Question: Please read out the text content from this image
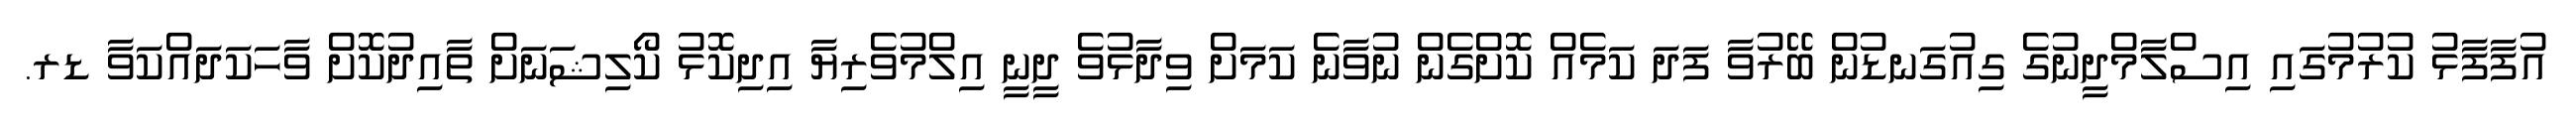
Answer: އުފާފާޅު ކުރުމުގައި އިސްލާމްދީނުގެ ގިއުގަނޑުން ބޭރުވާ ފަދަ ކަމެއް ކޮށްގެން ނުވާނެ ކަމަށް ވިދާޅުވެ ދީނީ އިލްމުވެރިޔާ އިދިކޮޅު ކޯލިޝަނަށް ތާއިދުކޮށް ވާހަކަދައްކަވާ ޑރ.